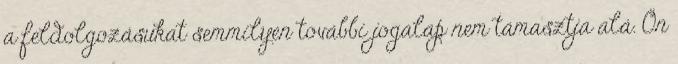
a feldolgozásukat semmilyen további jogalap nem támasztja alá. Ön